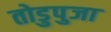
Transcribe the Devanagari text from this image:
तोडुपुजा